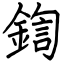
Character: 鍧